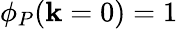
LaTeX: \phi_{P}(\mathbf{k}=0)=1